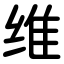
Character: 维